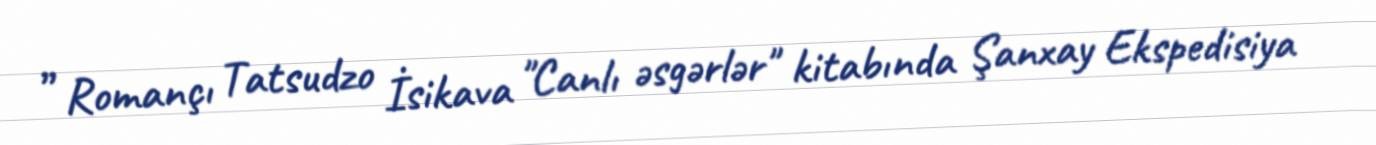
” Romançı Tatsudzo İsikava "Canlı əsgərlər" kitabında Şanxay Ekspedisiya